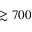
\gtrsim 7 0 0